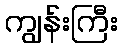
ကျွန်းကြီး